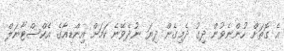
އެ ގޮތަށް ހުންނެވުން ދިގު ދެމިގެން ދިޔަ ނުދެވޭނެ ކަމަށް އިންޑިއާގެ އެކްސްޓާނަލް